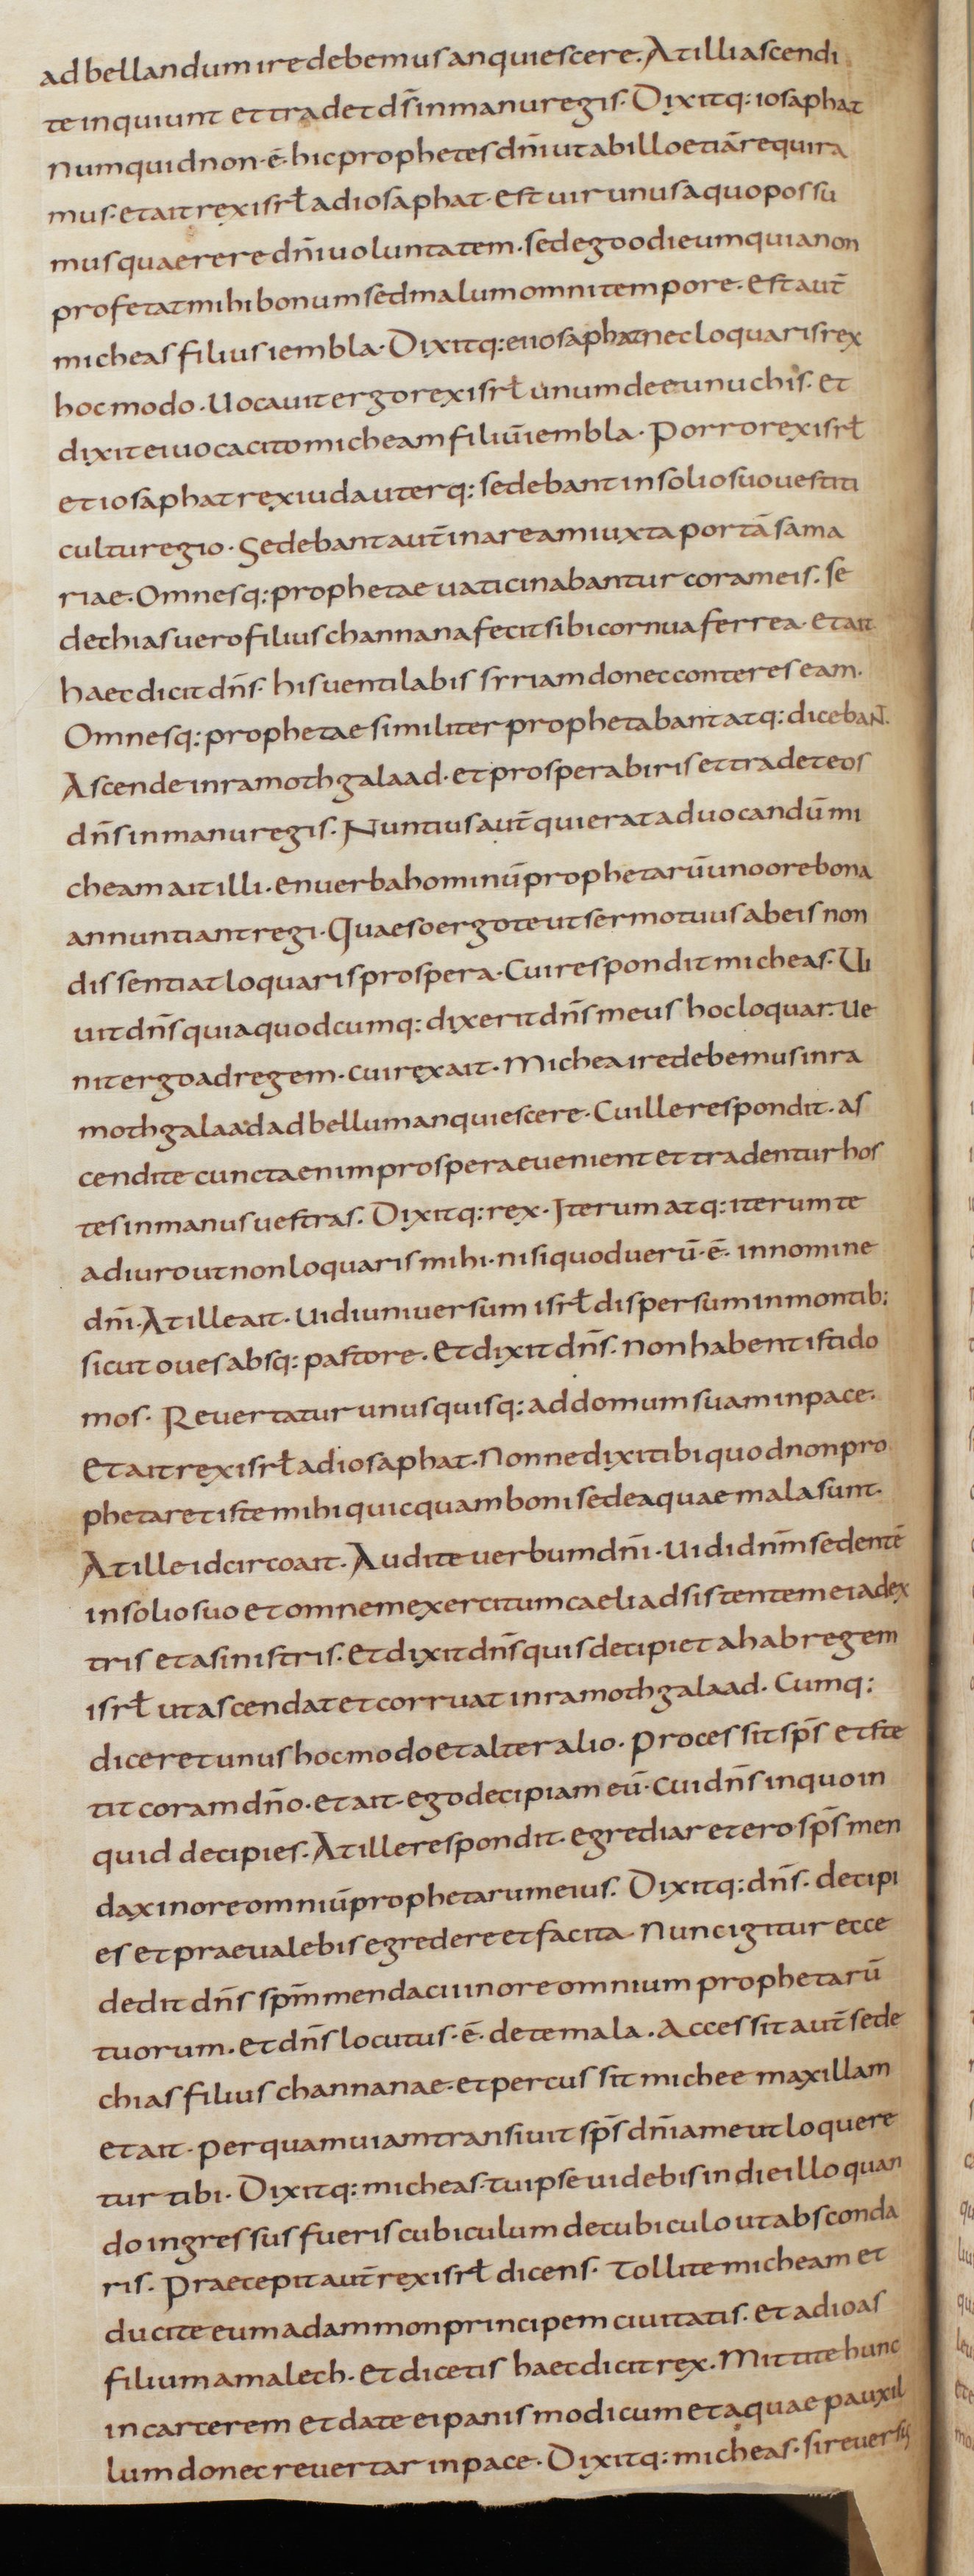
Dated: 805–845